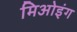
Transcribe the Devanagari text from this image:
मिओइंग